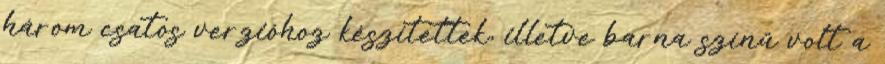
három csatos verzióhoz készítettek, illetve barna színű volt a